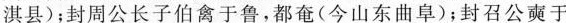
淇县)；封周公长子伯禽于鲁，都奄(今山东曲阜)；封召公奭于